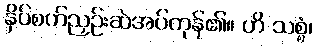
နှိပ်စက်ညှဉ်းဆဲအပ်ကုန်၏။ ဟိ သစ္စံ၊